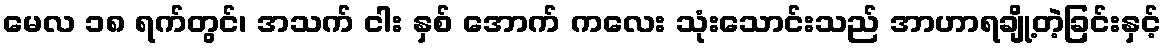
မေလ ၁၈ ရက်တွင်၊ အသက် ငါး နှစ် အောက် ကလေး သုံးသောင်းသည် အာဟာရချို့တဲ့ခြင်းနှင့်